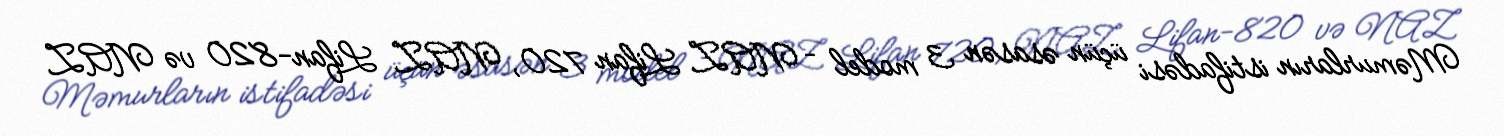
Məmurların istifadəsi üçün əsasən 3 model – NAZ Lifan 720, NAZ Lifan-820 və NAZ